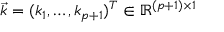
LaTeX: { \overrightarrow { k } } = ( k _ { 1 } , \dots , k _ { p + 1 } ) ^ { T } \in \mathbb { R } ^ { ( p + 1 ) \times 1 }